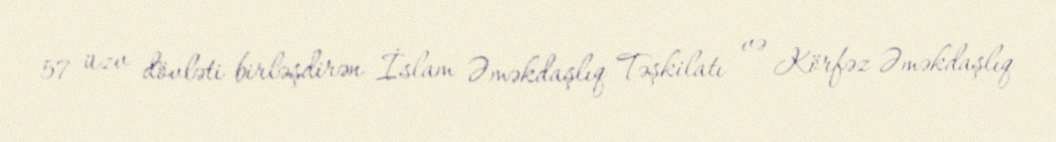
57 üzv dövləti birləşdirən İslam Əməkdaşlıq Təşkilatı və Körfəz Əməkdaşlıq